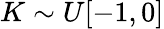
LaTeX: K\sim U[-1,0]